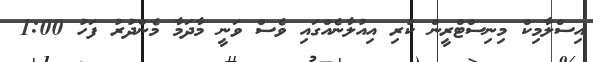
އިސްލާމިކް މިނިސްޓްރީން ކުރި އިއުލާނެއްގައި ވެސް ވަނީ މާދަމާ މެންދުރު ފަހު 1:00